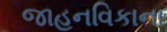
જાહનવિકાના